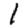
Digit: 1